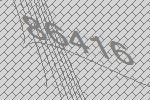
86416